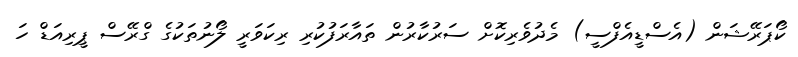
ކޯޕަރޭޝަން (އެސްޑީއެފްސީ) މެދުވެރިކޮށް ސަރުކާރުން ތައާރަފުކުރި ރިކަވަރީ ލޯނުތަކުގެ ގްރޭސް ޕީރިއަޑް ހަ